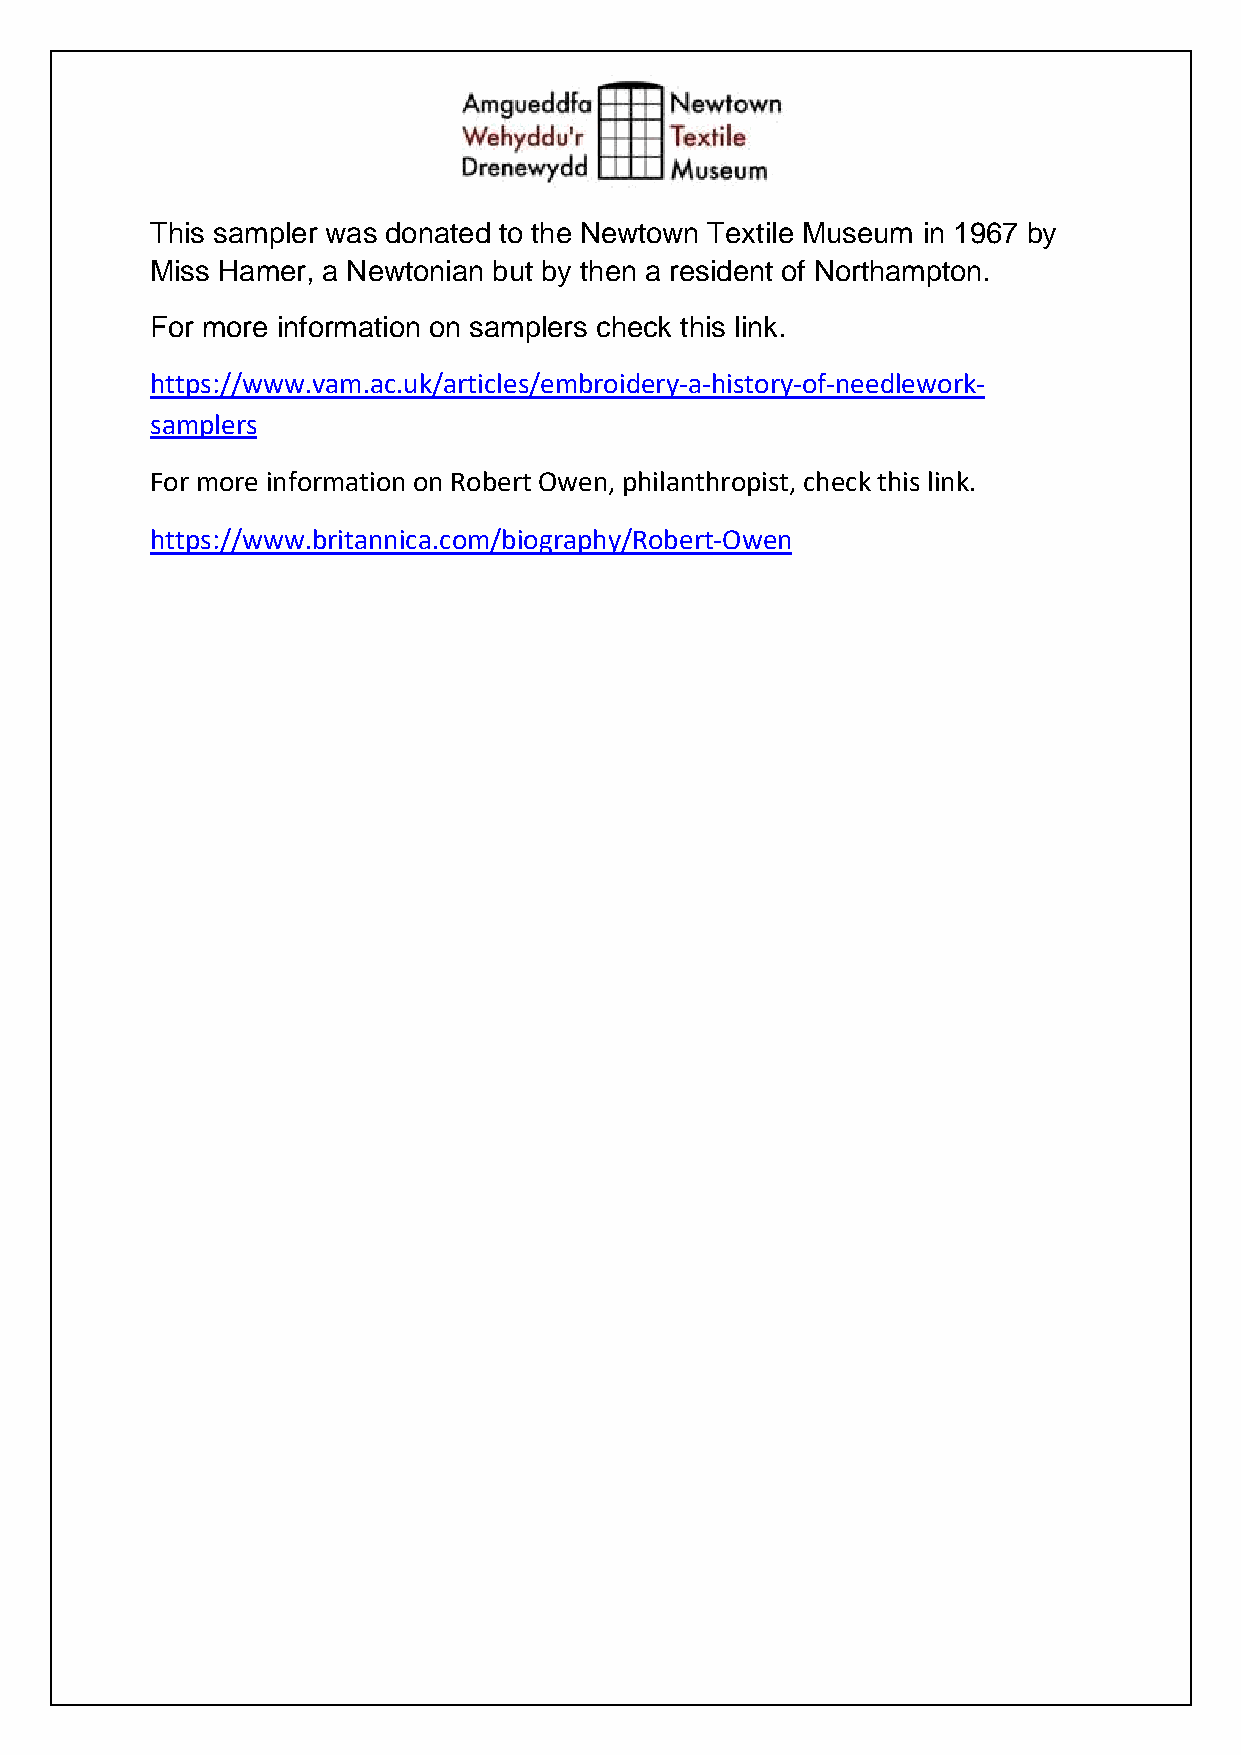
This sampler was donated to the Newtown Textile Museum in 1967 by
 Miss Hamer, a Newtonian but by then a resident of Northampton.
 For more information on samplers check this link.
 https://www.vam.ac.uk/articles/embroidery-a-history-of-needlework-
 samplers
 For more information on Robert Owen, philanthropist, check this link.
 https://www.britannica.com/biography/Robert-Owen